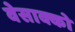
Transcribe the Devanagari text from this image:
वेसाक्को